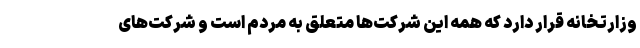
وزارتخانه قرار دارد که همه این شرکت‌ها متعلق به مردم است و شرکت‌های